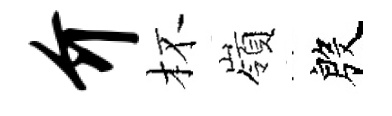
介杯嶺殷